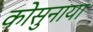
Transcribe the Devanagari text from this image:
कोसुनाया